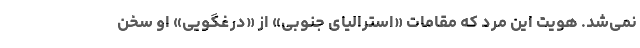
نمی‌شد. هویت این مرد که مقامات «استرالیای جنوبی» از «درغگویی» او سخن